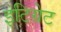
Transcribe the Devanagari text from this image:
इंटिग्रेट